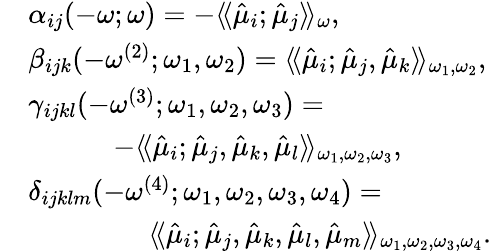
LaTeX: \begin{array}{rl}&{\alpha_{ij}(-\omega;\omega)=-\langle\! \langle\hat{\mu}_{i};\hat{\mu}_{j}\rangle\! \rangle_{\omega},}\\ &{\beta_{ijk}(-\omega^{(2)};\omega_{1},\omega_{2})=\langle\! \langle\hat{\mu}_{i};\hat{\mu}_{j},\hat{\mu}_{k}\rangle\! \rangle_{\omega_{1},\omega_{2}},}\\ &{\gamma_{ijkl}(-\omega^{(3)};\omega_{1},\omega_{2},\omega_{3})=}\\ &{\qquad\quad-\langle\! \langle\hat{\mu}_{i};\hat{\mu}_{j},\hat{\mu}_{k},\hat{\mu}_{l}\rangle\! \rangle_{\omega_{1},\omega_{2},\omega_{3}},}\\ &{\delta_{ijklm}(-\omega^{(4)};\omega_{1},\omega_{2},\omega_{3},\omega_{4})=}\\ &{\qquad\qquad\ \langle\! \langle\hat{\mu}_{i};\hat{\mu}_{j},\hat{\mu}_{k},\hat{\mu}_{l},\hat{\mu}_{m}\rangle\! \rangle_{\omega_{1},\omega_{2},\omega_{3},\omega_{4}}.}\end{array}